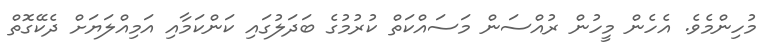
މުހިންމެވެ. އެހެން މީހުން ރުއްސަން މަސައްކަތް ކުރުމުގެ ބަދަލުގައި ކަންކަމާއި އަމިއްލަޔަށް ދެކޭގޮތް